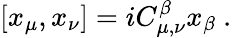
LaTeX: [x_{\mu},x_{\nu}]=iC_{\mu,\nu}^{\beta}x_{\beta}~.